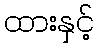
ထားနှင့်